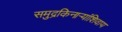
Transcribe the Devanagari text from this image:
समुद्रकिनार्‍यांशिवाय